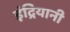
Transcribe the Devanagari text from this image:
इंद्रियानी